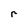
Character: r